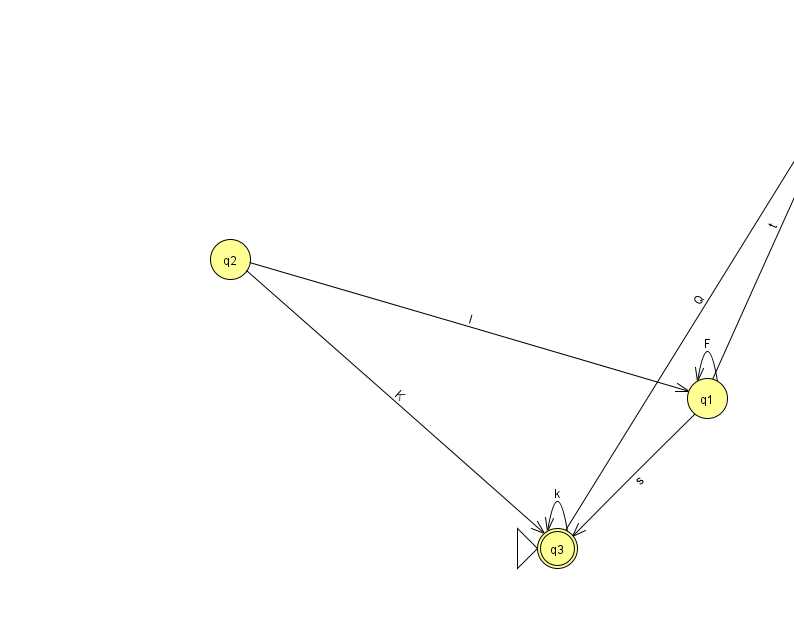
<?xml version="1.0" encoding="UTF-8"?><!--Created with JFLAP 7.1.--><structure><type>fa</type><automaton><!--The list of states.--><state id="0" name="q0"><x>857.0</x><y>50.0</y></state><state id="1" name="q1"><x>707.0</x><y>385.0</y></state><state id="2" name="q2"><x>230.0</x><y>246.0</y></state><state id="3" name="q3"><x>557.0</x><y>535.0</y><initial/><final/></state><!--The list of transitions.--><transition><from>2</from><to>3</to><read>K</read></transition><transition><from>1</from><to>1</to><read>F</read></transition><transition><from>3</from><to>0</to><read>Q</read></transition><transition><from>0</from><to>0</to><read>Y</read></transition><transition><from>1</from><to>0</to><read>t</read></transition><transition><from>1</from><to>3</to><read>s</read></transition><transition><from>2</from><to>1</to><read>I</read></transition><transition><from>3</from><to>3</to><read>k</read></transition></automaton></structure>